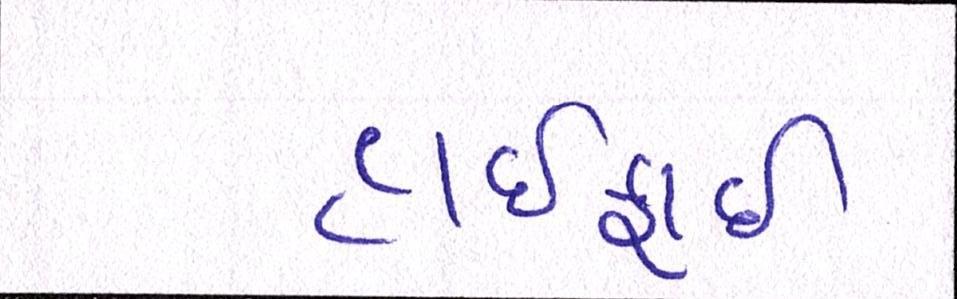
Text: હાઈફાઈ